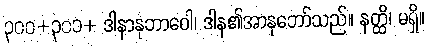
၃၀၀+၃၀၁+ ဒါနာနုဘာဝေါ၊ ဒါန၏အာနုဘော်သည်။ နတ္ထိ၊ မရှိ။